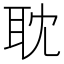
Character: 耽